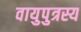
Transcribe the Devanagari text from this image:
वायुपुत्रस्य